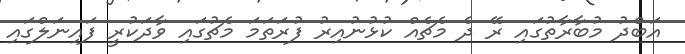
އަބްދު މުބާރާތުގައި ރޭ ދެ މެޗެއް ކުޅުނުއިރު ފުރަތަމަ މެޗުގައި ވާދަކުރީ ފައިނަލްގައި